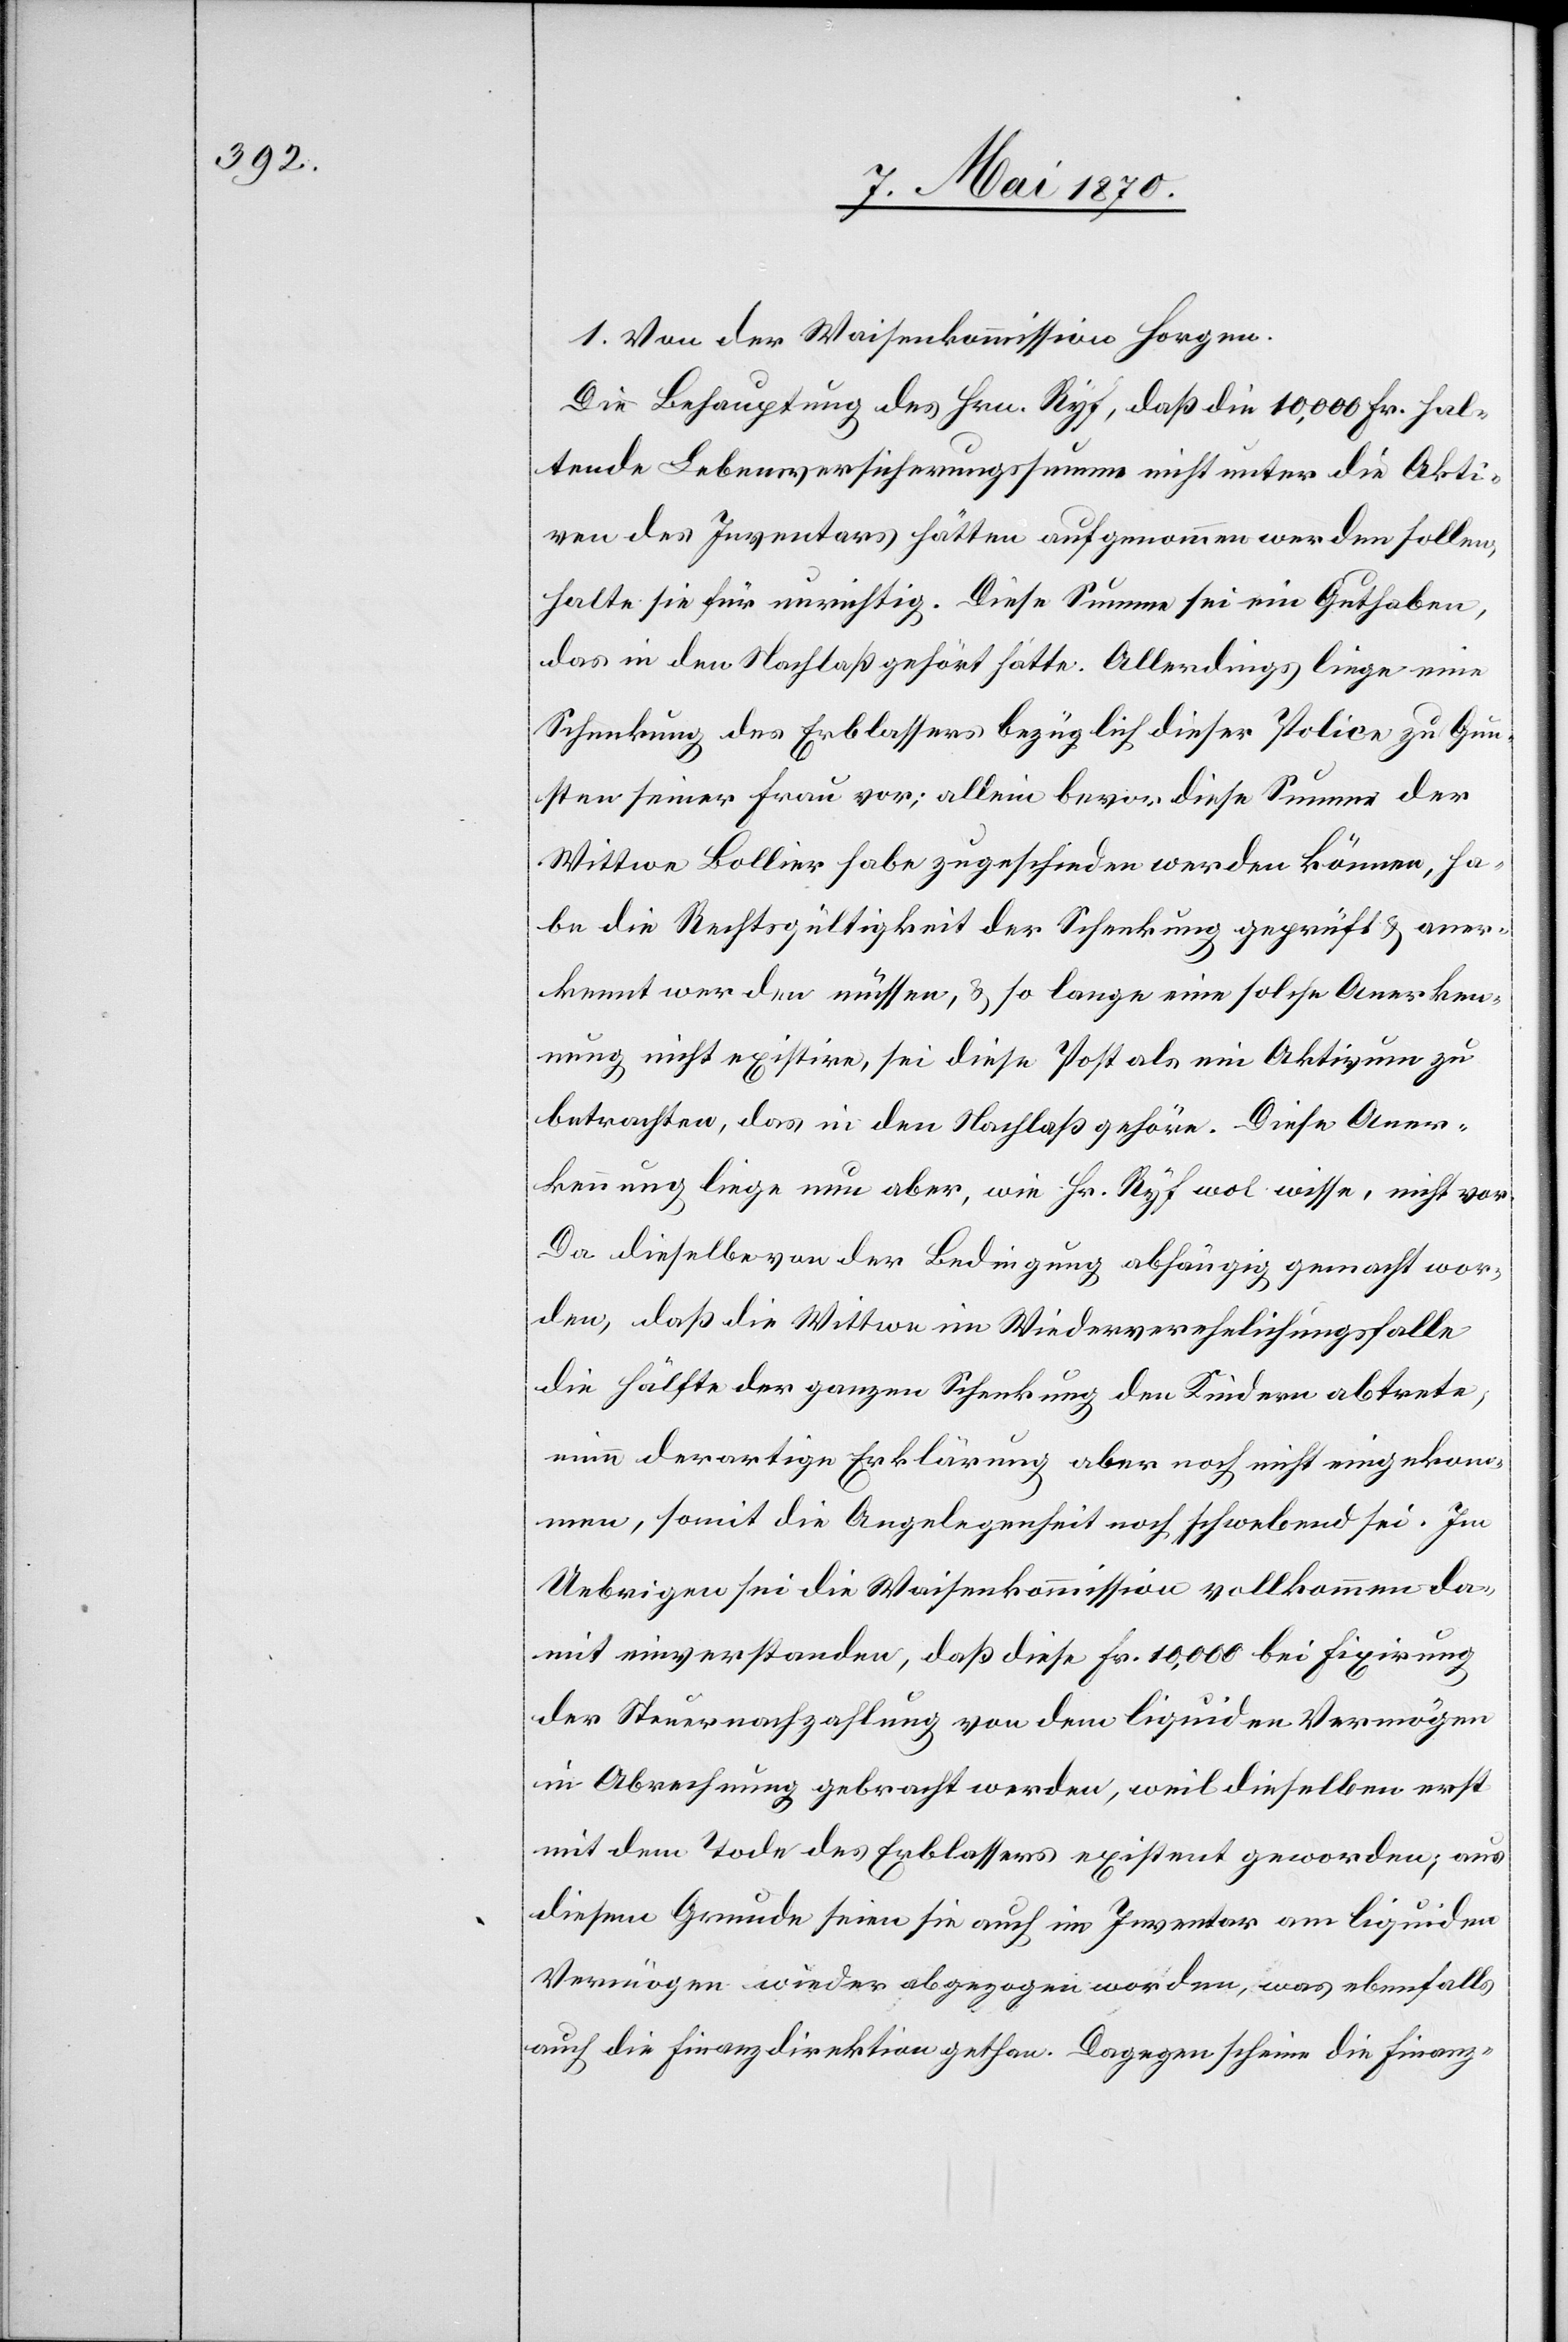
1. Von der Waisenkommission Horgen.
Die Behauptung des Hrn. Ryf, daß die 10,000 Fr. hal¬
tende Lebensversicherungssumme nicht unter die Akti¬
ven des Inventars hätten aufgenommen werden sollen,
halte sie für unrichtig. Diese Summe sei ein Guthaben,
das in den Nachlaß gehört hatte. Allerdings liege eine
Schenkung des Erblassers bezüglich dieser Police zu Gun¬
sten seiner Frau vor; allein bevor diese Summe der
Wittwe Bollier habe zugeschieden werden können, ha¬
be die Rechtsgültigkeit der Schenkung geprüft & aner¬
kennt werden müssen, & so lange eine solche Anerken¬
nung nicht existire, sei diese Post als ein Aktivum zu
betrachten, das in den Nachlaß gehöre. Diese Aner¬
kennung liege nun aber, wie Hr. Ryf wol wisse, nicht vor.
Da dieselbe von der Bedingung abhängig gemacht wor¬
den, daß die Wittwe im Wiederverehelichungsfalle
die Hälfte der ganzen Schenkung den Kindern abtrete,
eine derartige Erklärung aber noch nicht eingekom¬
men, somit die Angelegenheit noch schwebend sei. Im
Uebrigen sei die Waisenkommission vollkommen da¬
mit einverstanden, daß diese Fr. 10,000 bei Fixirung
der Steuernachzahlung von dem liquiden Vermögen
in Abrechnung gebracht werden, weil dieselben erst
mit dem Tode des Erblassers existent geworden; aus
diesem Grunde seien sie auch im Inventar am liquiden
Vermögen wieder abgezogen worden, was ebenfalls
auch die Finanzdirektion gethan. Dagegen scheine die Finanz-